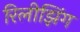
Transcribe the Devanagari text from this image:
रिलीझिंग